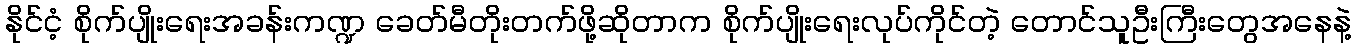
နိုင်ငံ့ စိုက်ပျိုးရေးအခန်းကဏ္ဍ ခေတ်မီတိုးတက်ဖို့ဆိုတာက စိုက်ပျိုးရေးလုပ်ကိုင်တဲ့ တောင်သူဦးကြီးတွေအနေနဲ့